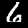
Label: 6